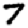
Digit: 7